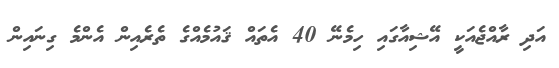
އަދި ރާއްޖެއަކީ އޭޝިއާގައި ހިމެނޭ 40 އެތައް ޤައުމެއްގެ ތެރެއިން އެންމެ ގިނައިން